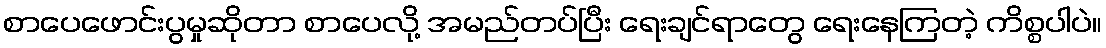
စာပေဖောင်းပွမှုဆိုတာ စာပေလို့ အမည်တပ်ပြီး ရေးချင်ရာတွေ ရေးနေကြတဲ့ ကိစ္စပါပဲ။